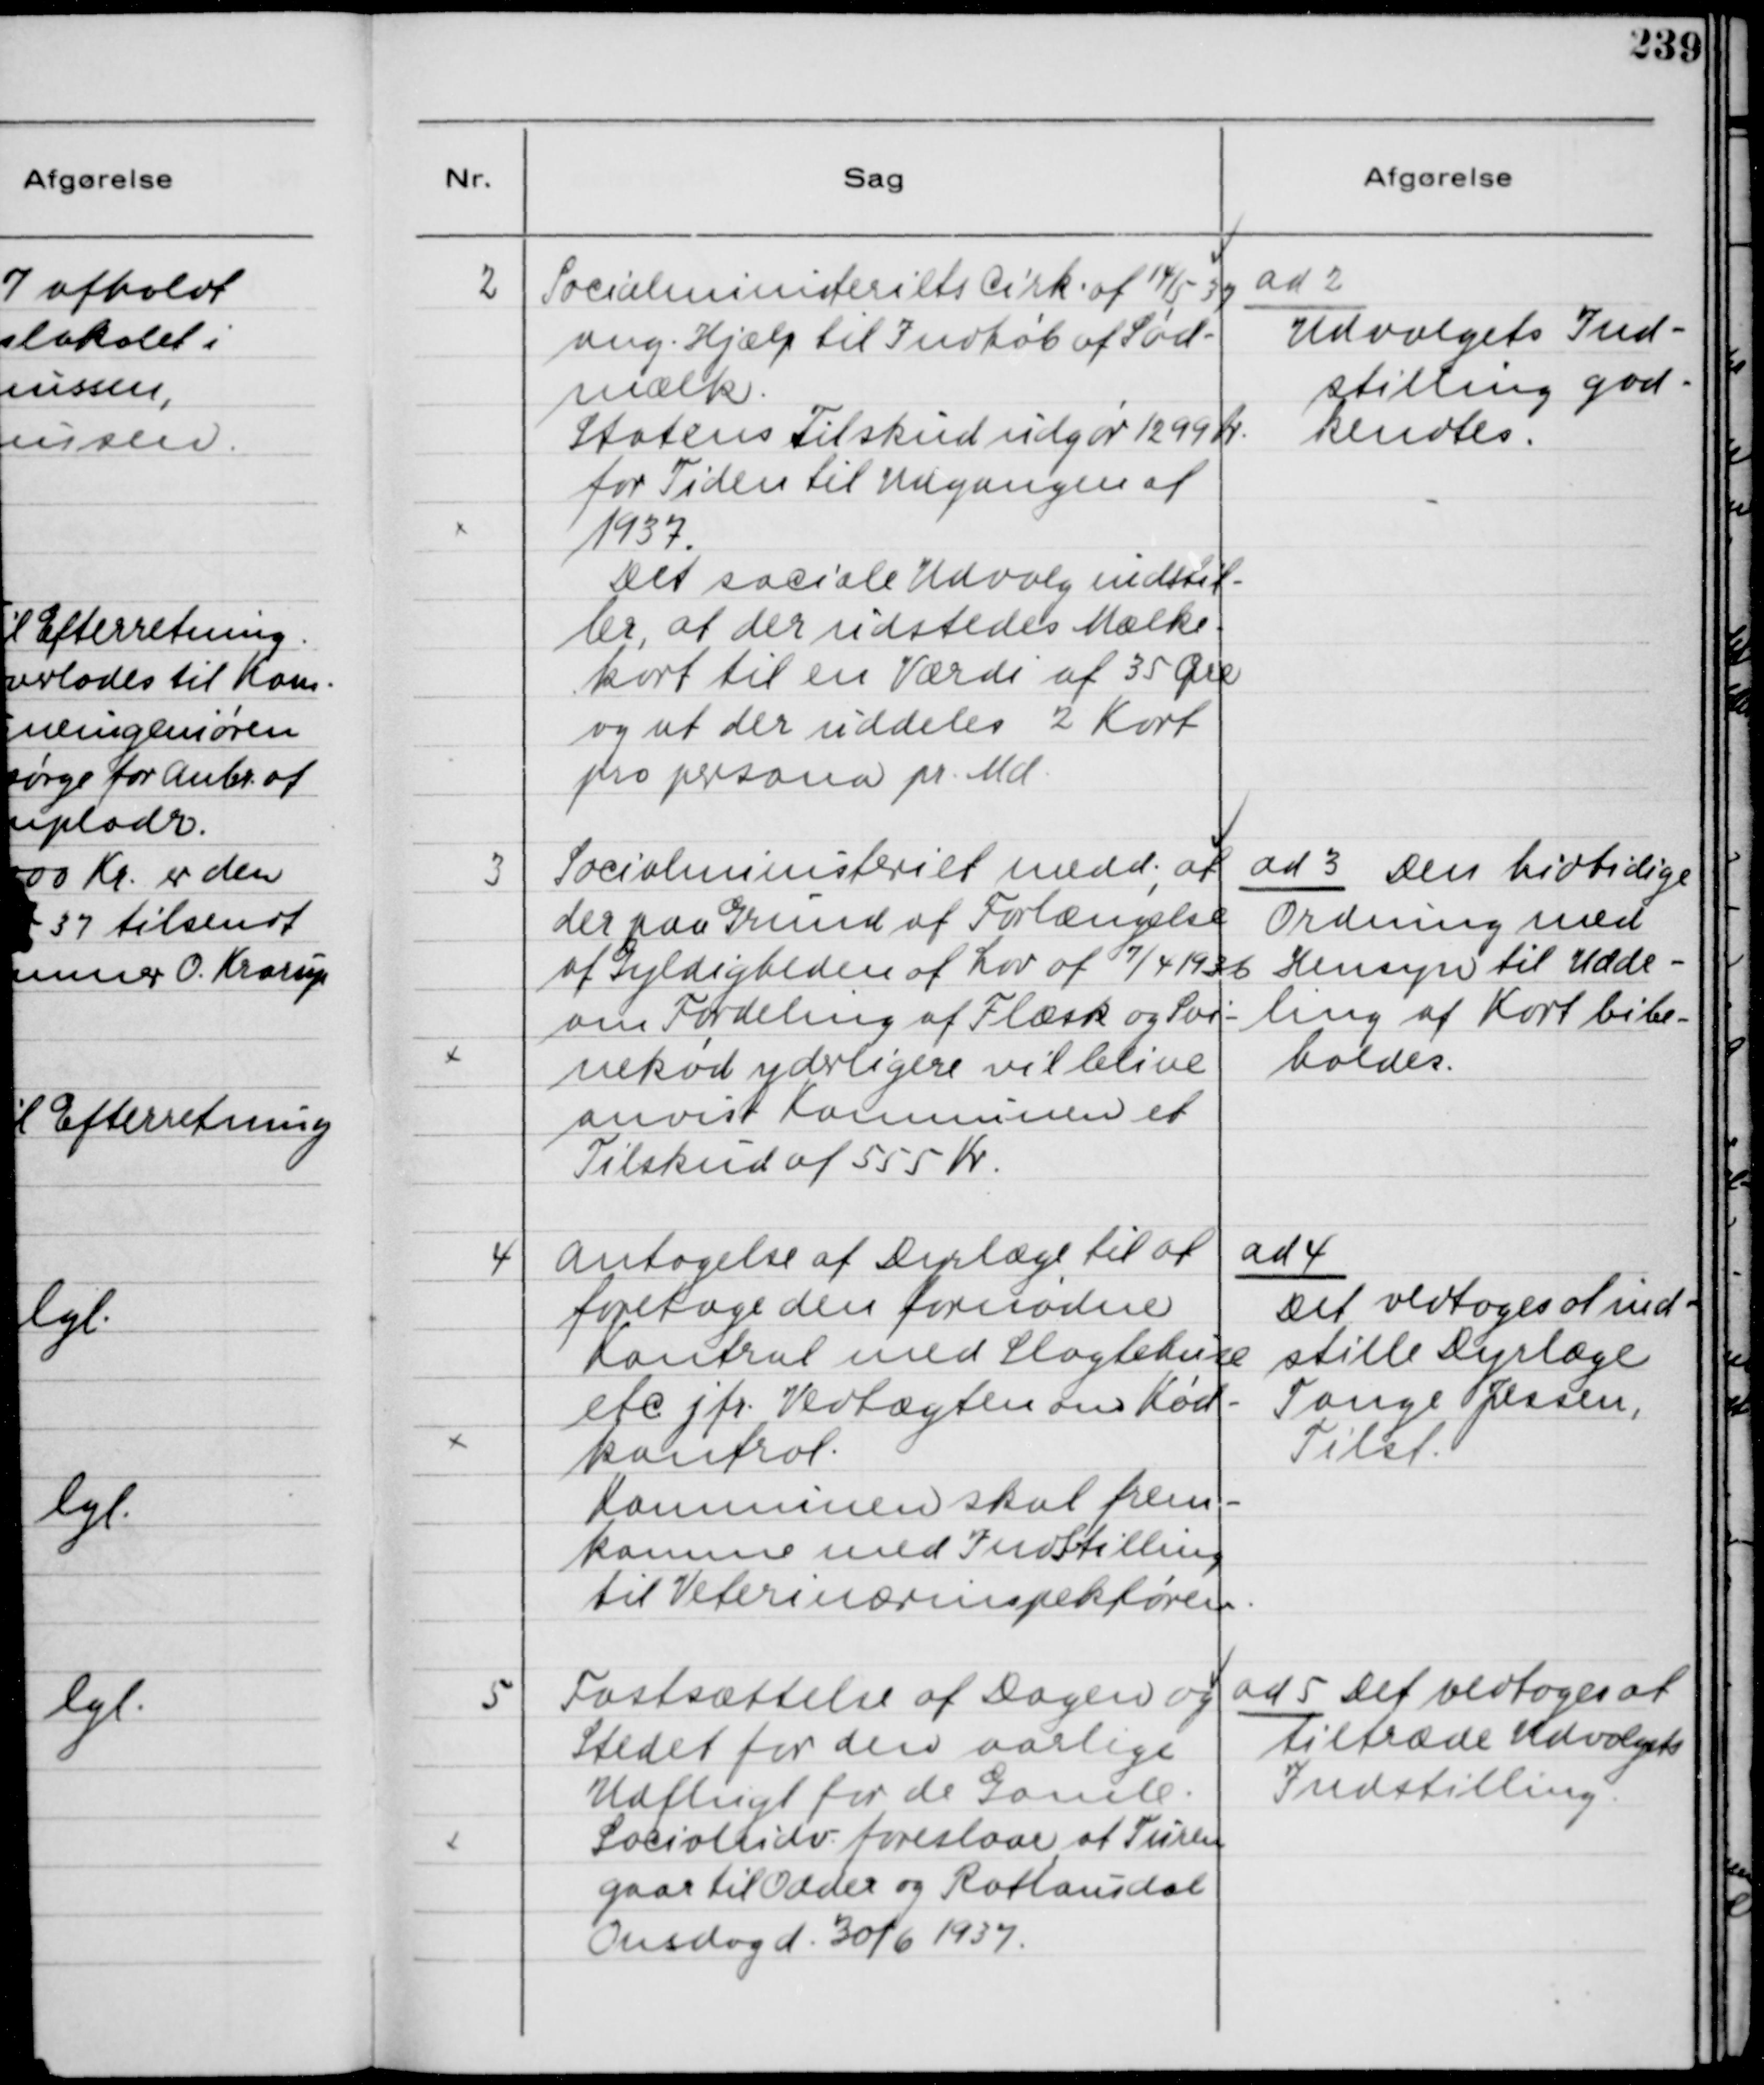
Transskription:
2
Socialministeriets Cirk. af 14/5-37
ang. Hjælp til Indkøb af Sød-
mælk.
Statens Tilskud udgør 1299 Kr.
for Tiden til Udgangen af
1937.
Det sociale Udvalg indstil-
ler, at der udstedes Mælke-
kort til en Værdi af 35 Øre
og at der uddeles 2 Kort
pro persona pr. Md.

ad 2
Udvalgets Ind-
stilling god-
kendtes.

3
Socialministeriet medd., at
der paa Grund af Forlængelse
af Gyldigheden af Lov af 7/4 1936
om Fordeling af Flæsk og Svi-
nekød ydrligere vil blive
anvist Komnunen et
Tilskud af 555 Kr.

ad 3 Den hidtidige
Ordning med
Hensyn til Udde-
ling af Kort bibe-
holdes.

4
Antagelse af Dyrlæge til at
foretage den fornødne
Kontrol med Slagtehuse
etc. jfr. Vedtægten om Kød-
kontrol.
Komnunen skal frem-
komme med Indstilling
til Veterinærinspektøren.

ad 4
Det vedtoges at ind-
stille Dyrlæge
Tange Jessen,
Tilst.

5
Fastsættelse af Dagen og
Stedet for den aarlige
Udflugt til de Gamle.
Socialudv. foreslaar, af Turen
gaar til Odder og Rathlousdal
Onsdag d. 30/6 1937.

ad 5 Det vedtoges at
tiltræde Udvalgets
Indstilling.